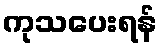
ကုသပေးရန်